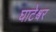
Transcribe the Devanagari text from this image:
घाटेश्वर